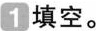
1 填空。